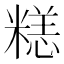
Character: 𱹘